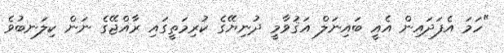
"ހަމަ އެފަދައިން އެއީ ބައިނަލް އަޤުވާމީ ދުނިޔޭގެ ކުރިމަތީގައި ރާއްޖޭގެ ނަން ކިލަނބުވެ